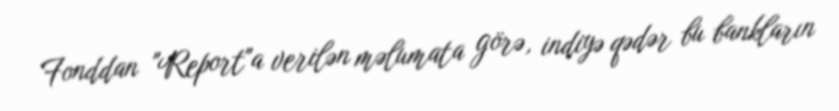
Fonddan "Report"a verilən məlumata görə, indiyə qədər bu bankların